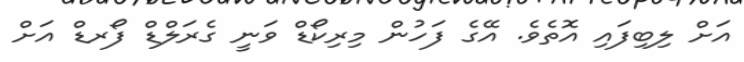
އަށް ލިބިފައި އޮތެވެ. އޭގެ ފަހުން މިރިކޯޑް ވަނީ ގެރަލްޑް ފޯރޑް އަށް